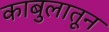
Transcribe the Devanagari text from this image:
काबुलातून